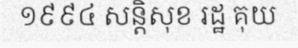
១៩៩៤ សន្តិសុខ រដ្ឋ គុយ